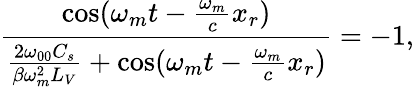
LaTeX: \frac{\cos(\omega_{m}t-\frac{\omega_{m}}{c}x_{r})}{\frac{2\omega_{00}C_{s}}{\beta\omega_{m}^{2}L_{V}}+\cos(\omega_{m}t-\frac{\omega_{m}}{c}x_{r})}=-1,